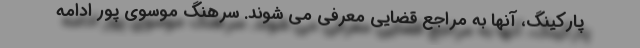
پارکینگ، آنها به مراجع قضایی معرفی می شوند. سرهنگ موسوی پور ادامه